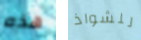
هذه للشواذ